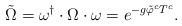
LaTeX: \begin{align*}\tilde{\Omega} = \omega^{\dagger}\cdot \Omega\cdot\omega = e^{- g \tilde{\varphi}^c T^c}.\end{align*}